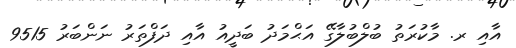
އާއި ރ. މާކުރަތު ބުލްބުލާގޭ އަޙްމަދު ބަދީއު އާއި ދަފްތަރު ނަންބަރު 9515